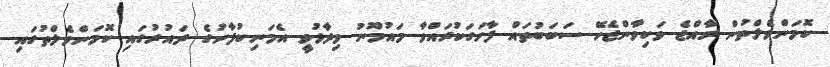
ކޮމަންވެލްތުން ރާއްޖެ ވަކިވާންޖެހޭ ސަބަބުތައް ފާހަގަކުރައްވާ މައުމޫނު ވިދާޅުވީ އެމަނިކުފާނުގެ ދައުރުގައި ކޮމަންވެލްތުގައި